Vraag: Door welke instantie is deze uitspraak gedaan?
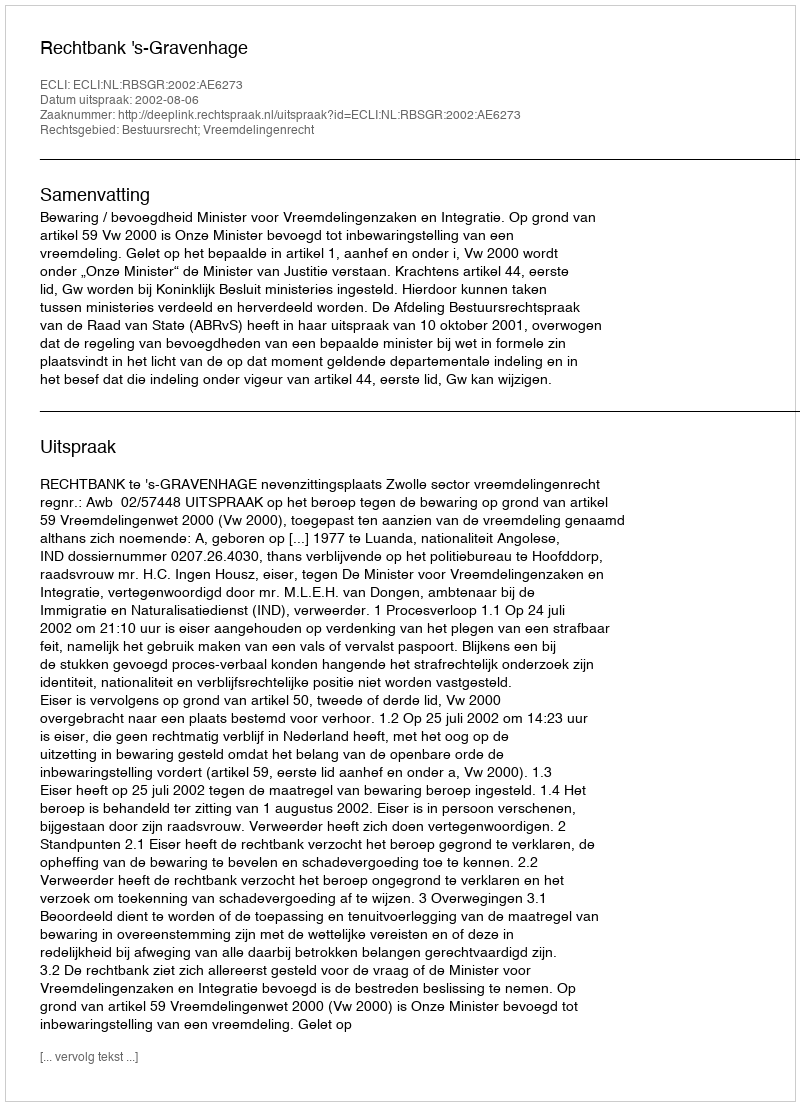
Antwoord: Rechtbank 's-Gravenhage